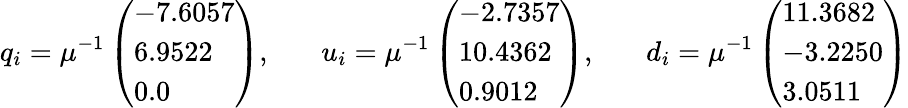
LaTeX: q_{i}=\mu^{-1}\left(\begin{array}{l}{{-7.6057}}\\ {{6.9522}}\\ {{0.0}}\end{array}\right),\ \ \ \ \ \ \ u_{i}=\mu^{-1}\left(\begin{array}{l}{{-2.7357}}\\ {{10.4362}}\\ {{0.9012}}\end{array}\right),\ \ \ \ \ \ \ d_{i}=\mu^{-1}\left(\begin{array}{l}{{11.3682}}\\ {{-3.2250}}\\ {{3.0511}}\end{array}\right)